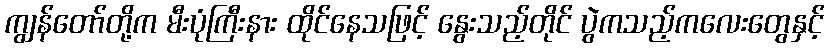
ကျွန်တော်တို့က မီးပုံကြီးနား ထိုင်နေသဖြင့် နွေးသည့်တိုင် ပွဲကသည့်ကလေးတွေနှင့်